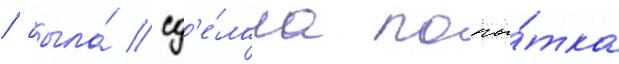
/ была́ сд'е́лана попы́тка